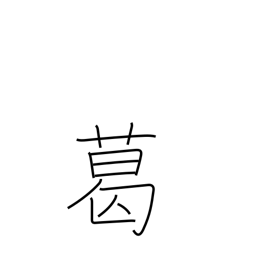
Meaning: arrowroot